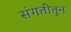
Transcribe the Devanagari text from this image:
संगतीतून